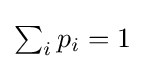
{\textstyle \sum _{i}p_{i}=1}